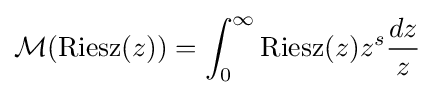
{\mathcal {M}}({\rm {Riesz}}(z))=\int _{0}^{\infty }{\rm {Riesz}}(z)z^{s}{\frac {dz}{z}}